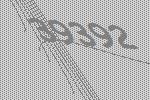
39392